Insane asylums in Bengal annual reports 1867-1875 - 1867-1875
Year: 1867
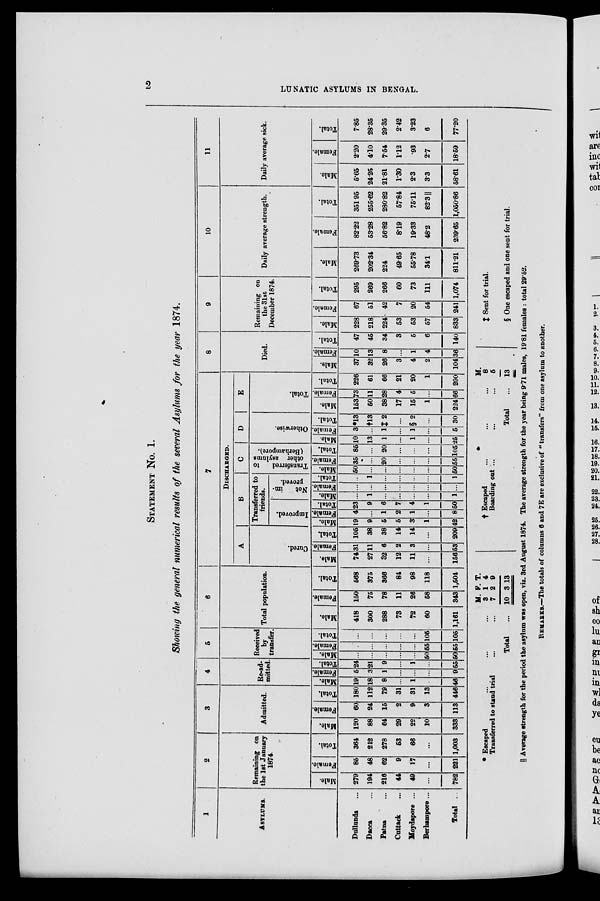
2
LUNATIC ASYLUMS IN BENGAL.
STATEMENT No. 1.
Showing the general numerical results of the several Asylums for the year 1874.
1
ASYLUMS.
Dullunda ...
Dacca ...
Patna ...
Cuttack ...
Moydapore ...
Berhampore ...
Total ...
2
Remaining on
the 1st January
1874.
Male.
279
194
216
44
49
...
782
Female.
85
48
62
9
17
...
221
Total.
364
212
278
53
66
...
1,003
3
Admitted.
Male.
120
88
64
29
22
10
333
Female.
60
24
15
2
9
3
113
Total.
180
112
79
31
31
13
446
4
Re-ad-
mitted.
Male.
19
18
8
...
1
...
46
Female.
5
3
1
...
...
...
9
Total.
24
21
9
...
1
...
55
5
Received
by
transfer.
Male.
...
...
...
...
...
50
50
Female.
...
...
...
...
...
55
55
Total.
...
...
...
...
...
105
105
6
Total population.
Male.
418
300
288
73
72
60
1,161
Female.
150
75
78
11
26
58
343
Total.
568
375
366
84
98
118
1,504
7
DISCHARGED.
A
Cured.
Male.
74
27
32
12
11
...
156
Female.
31
11
6
2
3
...
53
Total.
105
38
38
14
14
...
209
B
Transferred to
friends.
Improved.
Male.
19
9
5
5
3
1
42
Female.
4
...
1
2
1
...
8
Total.
23
9
6
7
4
1
50
Not
im-
proved.
Male.
...
1
...
...
...
...
1
Female.
...
...
...
...
...
...
...
Total.
...
1
...
...
...
...
1
C
Transferred
to
other asylums
(Berhampore).
Male.
50
...
...
...
...
...
50
Female.
35
...
20
...
...
...
55
Total.
85
...
20
...
...
...
105
D
Otherwise.
Male.
10
13
1
...
1
...
25
Female.
3
...
1
...
1
...
5
Total.
*13
†13
‡2
...
§ 2
...
30
E
Total.
Male.
153
50
38
17
15
1
224
Female.
73
11
28
4
5
...
66
Total.
226
61
66
21
20
1
290
8
Died.
Male.
37
32
26
3
4
2
104
Female.
10
13
8
...
1
4
36
Total.
47
45
34
3
5
6
140
9
Remaining on
the 31st
December 1874.
Male.
228
218
224
53
53
57
833
Female.
67
51
42
7
20
54
241
Total.
295
269
266
60
73
111
1,074
10
Daily average strength.
Male.
269.73
202.34
224
49.65
55.78
34.1
811.21
Female.
82.22
53.28
56.82
8.19
19.33
48.2
239.65
Total.
351.95
255.62
280.82
57.84
75.11
82.3 ||
1,050.86
11
Daily average sick.
Male.
5.65
24.25
21.81
1.30
2.3
3.3
58.61
Female.
2.20
4.10
7.54
1.12
.93
2.7
18.59
Total.
7.85
28.35
29.35
2.42
3.23
6
77.20
* Escaped ... ... ...
Transferred to stand trial ... ...
Total ...
M.
3
7
10
F.
1
2
3
T.
4
9
13
† Escaped
...
... ...
Boarding out ...
... ...
Total ...
M.
8
5
13
‡ Sent for trial.
§ One escaped and one sent for trial.
|| Average strength for the period the asylum was open, viz. 3rd August 1874. The average strength for the year being 9.71 males, 19.81 females : total 29.52.
REMARKS.—The totals of columns 6 and 7E are exclusive of " transfers" from one asylum to another.